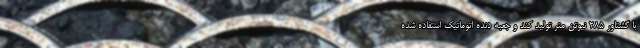
با گشتاور ۲۸۵ نیوتن متر تولید کند و جعبه دنده اتوماتیک استفاده شده